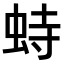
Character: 𫊵